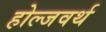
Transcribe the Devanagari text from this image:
होल्जवर्थ